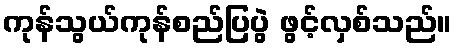
ကုန်သွယ်ကုန်စည်ပြပွဲ ဖွင့်လှစ်သည်။